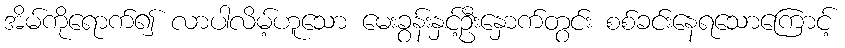
အိမ်ကိုရောက်၍ လာပါလိမ့်ဟူသော မေးခွန်းနှင့်ဦးနှောက်တွင်း စစ်ခင်းနေရသောကြောင့်